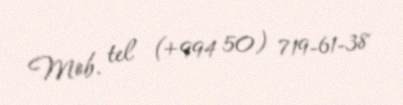
Mob. tel (+994 50) 719-61-38